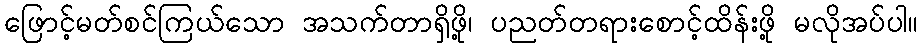
ဖြောင့်မတ်စင်ကြယ်သော အသက်တာရှိဖို့၊ ပညတ်တရားစောင့်ထိန်းဖို့ မလိုအပ်ပါ။